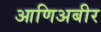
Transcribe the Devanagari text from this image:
आणिअबीर